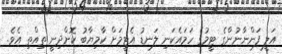
އަލީ ފަންނާނުންގެ ޓީމުގެ ހަމައެކަނި ލަނޑު އެޓީމަށް ކާމިޔާބު ކޮށްދިނީ ތިއްތި އެވެ.